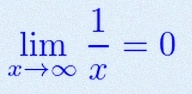
\lim_{x\to\infty}\frac{1}{x}=0